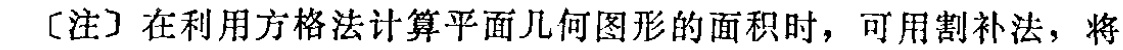
[注] 在利用方格法计算平面几何图形的面积时，可用割补法，将